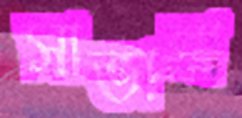
সাভান্না